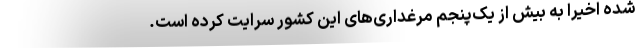
شده اخیراً به بیش از یک‌پنجم مرغداری‌های این کشور سرایت کرده است.